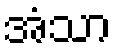
အံသာ